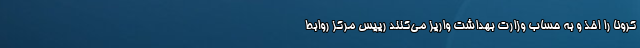
کرونا را اخذ و به حساب وزارت بهداشت واریز می‌کنند رییس مرکز روابط